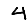
Digit: 4